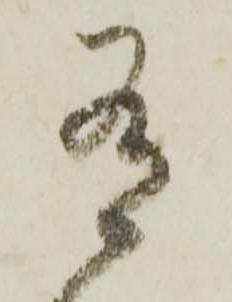
有